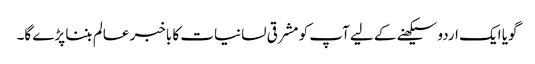
گویا ایک اردو سیکھنے کے لیے آپ کو مشرقی لسانیات کا باخبر عالم بننا پڑے گا۔